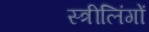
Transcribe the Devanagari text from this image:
स्त्रीलिंगों